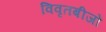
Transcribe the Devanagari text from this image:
विवृतबीजों